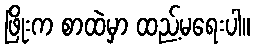
ဖြိုးက စာထဲမှာ ထည့်မရေးပါ။